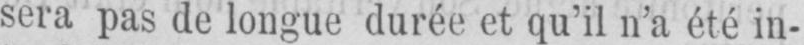
sera pas de longue durée et qu’il n’a été in-